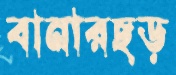
বানারছড়